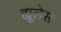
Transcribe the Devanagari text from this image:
ह्यूलेस